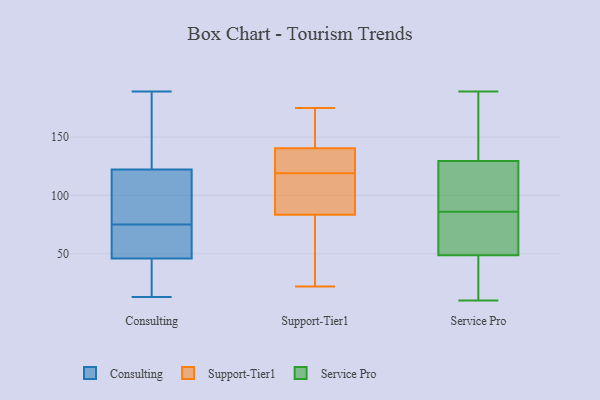
{"axis": {"x": "Tickets Resolved", "y": "Value"}, "legend": ["Consulting", "Service Pro", "Support-Tier1"], "data": [{"x": "", "y": 34, "type": "Consulting"}, {"x": "", "y": 99, "type": "Consulting"}, {"x": "", "y": 122, "type": "Consulting"}, {"x": "", "y": 73, "type": "Consulting"}, {"x": "", "y": 62, "type": "Consulting"}, {"x": "", "y": 123, "type": "Consulting"}, {"x": "", "y": 82, "type": "Consulting"}, {"x": "", "y": 189, "type": "Consulting"}, {"x": "", "y": 13, "type": "Consulting"}, {"x": "", "y": 50, "type": "Consulting"}, {"x": "", "y": 101, "type": "Consulting"}, {"x": "", "y": 26, "type": "Consulting"}, {"x": "", "y": 183, "type": "Consulting"}, {"x": "", "y": 34, "type": "Consulting"}, {"x": "", "y": 75, "type": "Consulting"}, {"x": "", "y": 53, "type": "Consulting"}, {"x": "", "y": 125, "type": "Consulting"}, {"x": "", "y": 139, "type": "Support-Tier1"}, {"x": "", "y": 73, "type": "Support-Tier1"}, {"x": "", "y": 87, "type": "Support-Tier1"}, {"x": "", "y": 89, "type": "Support-Tier1"}, {"x": "", "y": 31, "type": "Support-Tier1"}, {"x": "", "y": 145, "type": "Support-Tier1"}, {"x": "", "y": 119, "type": "Support-Tier1"}, {"x": "", "y": 129, "type": "Support-Tier1"}, {"x": "", "y": 175, "type": "Support-Tier1"}, {"x": "", "y": 110, "type": "Support-Tier1"}, {"x": "", "y": 174, "type": "Support-Tier1"}, {"x": "", "y": 22, "type": "Support-Tier1"}, {"x": "", "y": 131, "type": "Support-Tier1"}, {"x": "", "y": 110, "type": "Service Pro"}, {"x": "", "y": 64, "type": "Service Pro"}, {"x": "", "y": 134, "type": "Service Pro"}, {"x": "", "y": 86, "type": "Service Pro"}, {"x": "", "y": 71, "type": "Service Pro"}, {"x": "", "y": 189, "type": "Service Pro"}, {"x": "", "y": 34, "type": "Service Pro"}, {"x": "", "y": 48, "type": "Service Pro"}, {"x": "", "y": 49, "type": "Service Pro"}, {"x": "", "y": 175, "type": "Service Pro"}, {"x": "", "y": 118, "type": "Service Pro"}, {"x": "", "y": 128, "type": "Service Pro"}, {"x": "", "y": 138, "type": "Service Pro"}, {"x": "", "y": 82, "type": "Service Pro"}, {"x": "", "y": 36, "type": "Service Pro"}, {"x": "", "y": 10, "type": "Service Pro"}, {"x": "", "y": 98, "type": "Service Pro"}]}